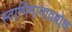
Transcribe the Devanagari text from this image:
स्वाभिमानावबोध